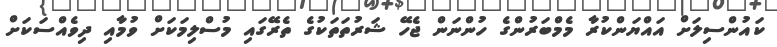
ކައުންސިލަށް އައްޔަންކުރާ މެމްބަރުންގެ ހުންނަން ޖެހޭ ޝަރުތަތަކުގެ ތެރޭގައި މުސްލިމަކަށް ވުމާއި ދިވެއްސަކަށް